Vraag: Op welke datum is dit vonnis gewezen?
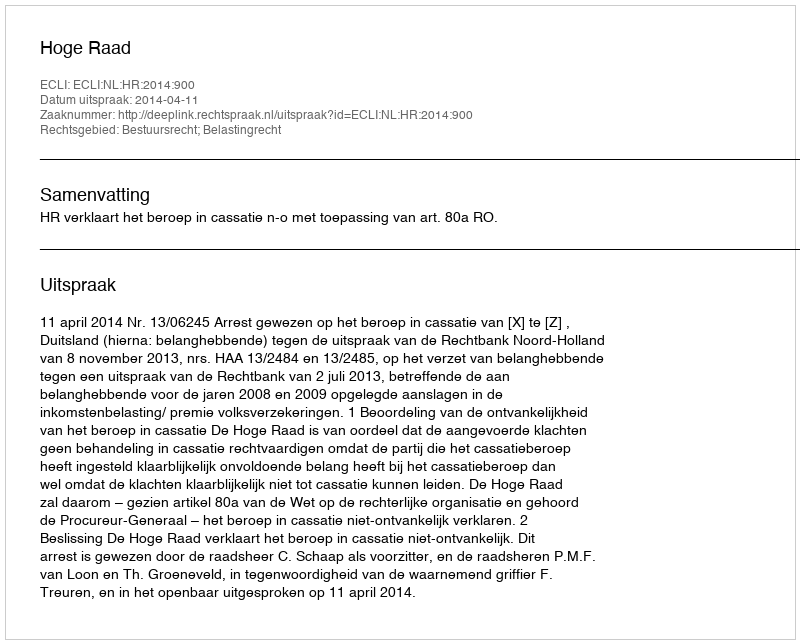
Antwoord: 2014-04-11